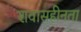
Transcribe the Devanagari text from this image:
शवासहीनता